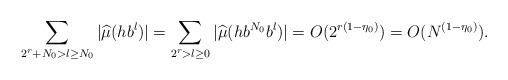
LaTeX: \begin{align*}\sum\limits_{2^{r}+N_0> l\geq N_0}|\widehat{\mu}(h b^l)|=\sum\limits_{2^{r}> l\geq 0}|\widehat{\mu}(hb^{N_0} b^l)|=O(2^{r(1-\eta_0)})=O(N^{(1-\eta_0)}).\end{align*}